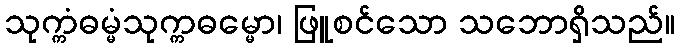
သုက္ကံဓမ္မံသုက္ကဓမ္မော၊ ဖြူစင်သော သဘောရှိသည်။